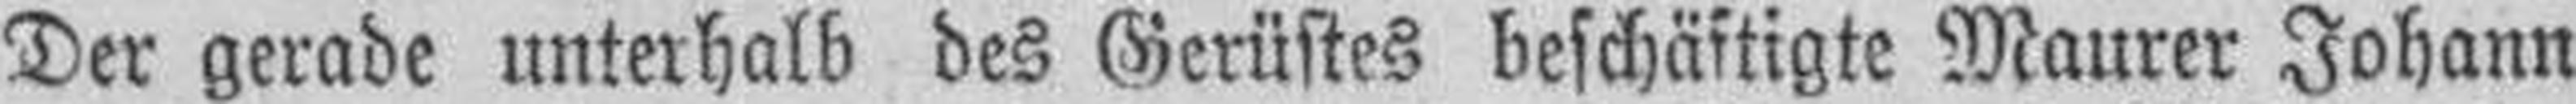
Der gerade unterhalb des Gerüstes beschäftigte Maurer Johann